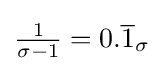
{\tfrac {1}{\sigma -1}}=0.{\overline {1}}_{\sigma }